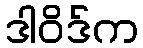
ဒါဝိဒ်က